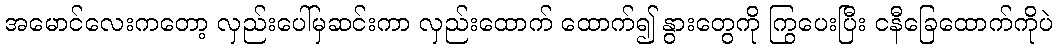
အမောင်လေးကတော့ လှည်းပေါ်မှဆင်းကာ လှည်းထောက် ထောက်၍ နွားတွေကို ကြွပေးပြီး ငနီခြေထောက်ကိုပဲ